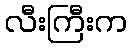
လီးကြီးက